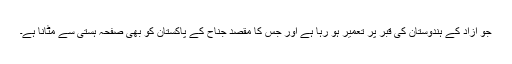
جو آزاد کے ہندوستان کی قبر پر تعمیر ہو رہا ہے اور جس کا مقصد جناح کے پاکستان کو بھی صفحہ ہستی سے مٹانا ہے۔